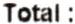
TOTAL :